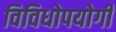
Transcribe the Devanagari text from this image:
विविधोपयोगी